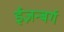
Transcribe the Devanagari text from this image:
ईज़न्बर्ग